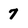
Character: 7